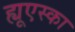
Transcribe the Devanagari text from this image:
ह्यूएस्का